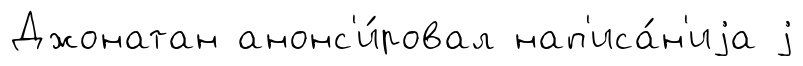
Джонатан анонс'и́ровал нап'иса́н'иjа j